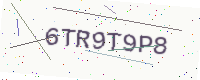
Text: 6TR9T9P8